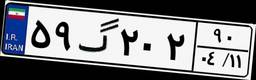
۵۹گ۲۰۲۹۰